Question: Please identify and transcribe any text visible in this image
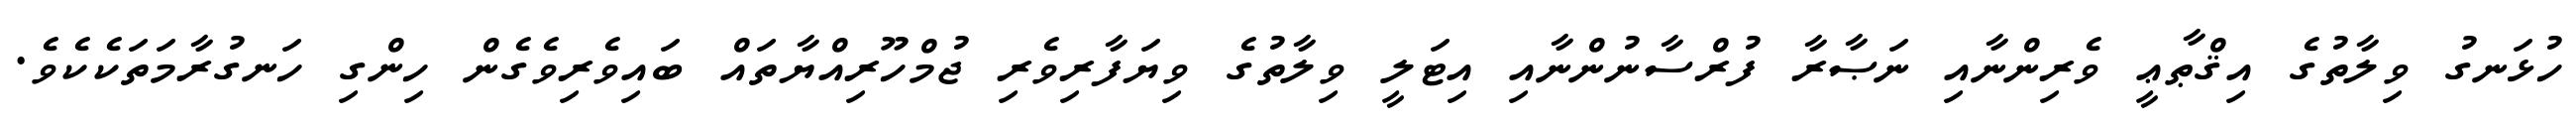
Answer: ހުޅަނގު ވިލާތުގެ އިޤްޠާޢީ ވެރިންނާއި ނަޞާރާ ފުރްސާނުންނާއި އިޓަލީ ވިލާތުގެ ވިޔަފާރިވެރި ޖުމްހޫރިއްޔާތައް ބައިވެރިވެގެން ހިންގި ހަނގުރާމަތަކެކެވެ.